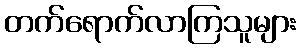
တက်ရောက်လာကြသူများ